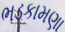
ભડકામણા